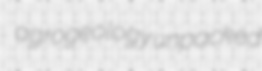
agrogeology unpacked